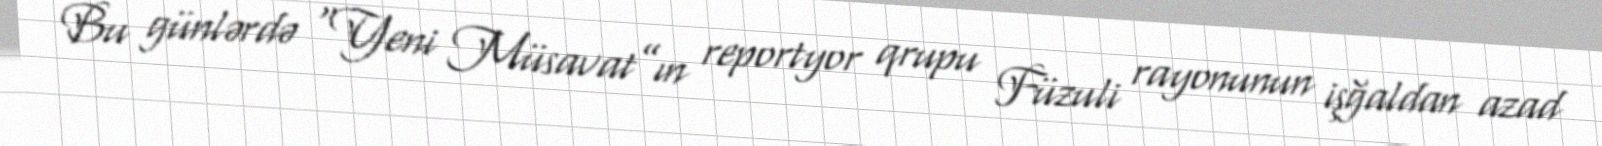
Bu günlərdə “Yeni Müsavat”ın reportyor qrupu Füzuli rayonunun işğaldan azad